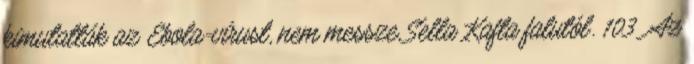
kimutatták az Ebola-vírust, nem messze Sella Kafta falutól. 103 Az